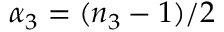
\alpha _ { 3 } = ( n _ { 3 } - 1 ) / 2